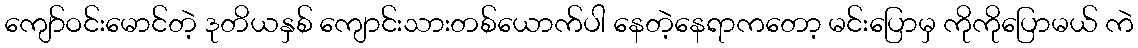
ကျော်ဝင်းမောင်တဲ့ ဒုတိယနှစ် ကျောင်းသားတစ်ယောက်ပါ နေတဲ့နေရာကတော့ မင်းပြောမှ ကိုကိုပြောမယ် ကဲ